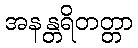
အနန္တရိတတ္တာ